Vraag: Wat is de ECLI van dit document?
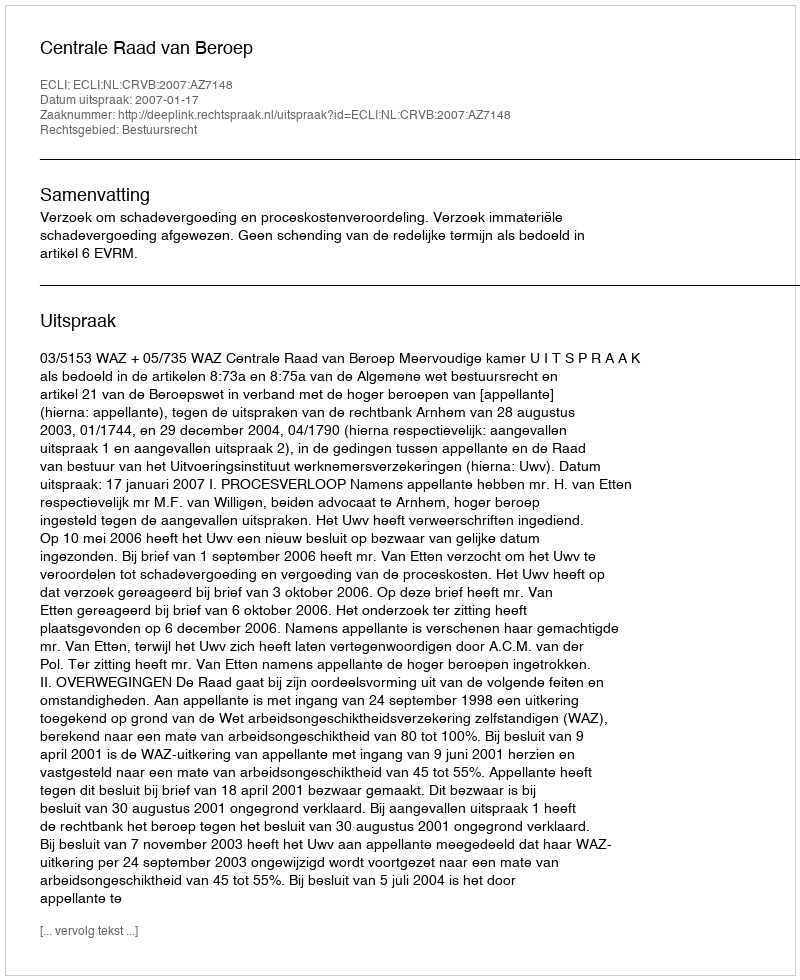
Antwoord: ECLI:NL:CRVB:2007:AZ7148